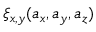
\xi _ { x , y } ( a _ { x } , a _ { y } , a _ { z } )